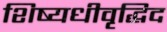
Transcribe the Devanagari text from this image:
शिष्यधीवृद्धिद